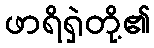
ဖာရိရှဲတို့၏